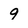
Character: 9